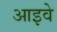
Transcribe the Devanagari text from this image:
आइवे